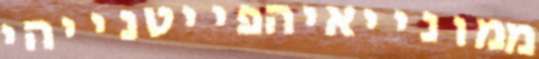
ממונייאיהפייטנייהי